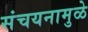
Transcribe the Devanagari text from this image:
संचयनामुळे